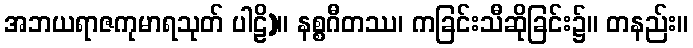
အဘယရာဇကုမာရသုတ် ပါဠိ)။ နစ္စဂီတဿ၊ ကခြင်းသီဆိုခြင်း၌။ တနည်း။